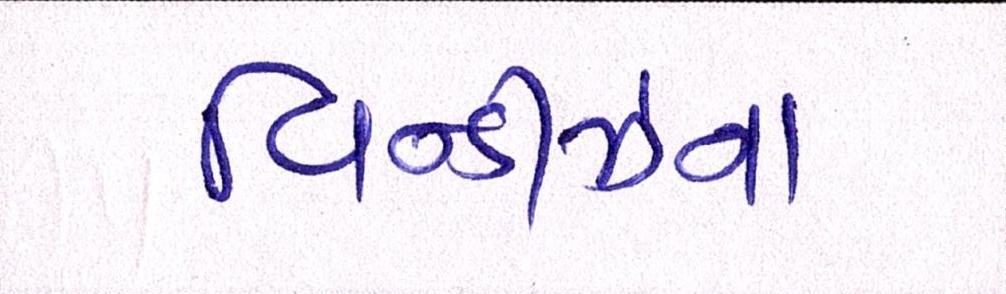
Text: વિન્ડીઝના